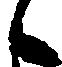
候